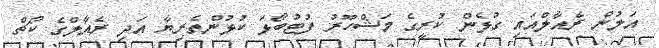
އަލުން ރެއާލްއައި ގުޅެން ކުރީގެ މަޝްހޫރު ފުޓުބޯޅަ ކުޅުންތެރިޔާ އަދި ރެއާލްގެ ކޯޗް